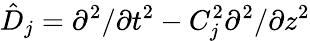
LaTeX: \hat{D}_{j}=\partial^{2}/\partial t^{2}-C_{j}^{2}\partial^{2}/\partial z^{2}